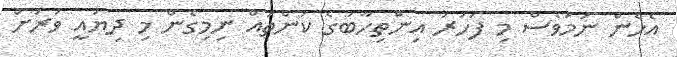
އެހެން ނަމަވެސް މި ފަހަރު އިންތިހާބުގެ ކަންތައް ނިިމިގެން މި ދިޔައީ ވަރަށް